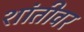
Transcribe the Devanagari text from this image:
शांतीवर